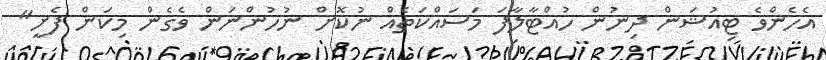
އެހެންވެ ޓިއުޝަން ދިނުން ހުއްޓާލާފަ މަސައްކަތެއް ނުކޮށް ނުހުންނަން ވެގެން މިކަން ފެށީ"